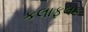
કલાફલક